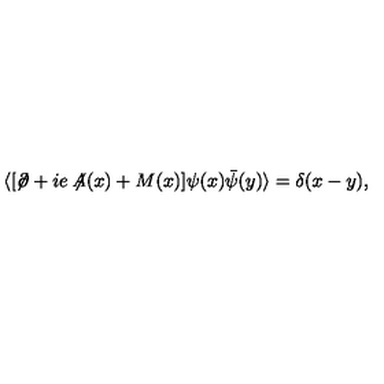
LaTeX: \langle [ \not \! \partial + i e \not \! \! A ( x ) + M ( x ) ] \psi ( x ) { \bar { \psi } } ( y ) \rangle = \delta ( x - y ) ,